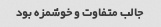
جالب متفاوت و خوشمزه بود